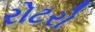
રોટરો